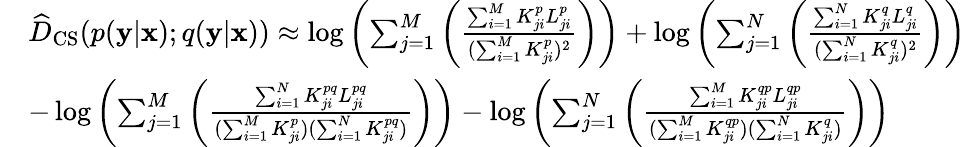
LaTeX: \begin{array}{rl}&{\widehat{D}_{\mathrm{CS}}(p(\mathbf{y}|\mathbf{x});q(\mathbf{y}|\mathbf{x}))\approx\log\left(\sum_{j=1}^{M}\left(\frac{\sum_{i=1}^{M}K_{ji}^{p}L_{ji}^{p}}{(\sum_{i=1}^{M}K_{ji}^{p})^{2}}\right)\right)+\log\left(\sum_{j=1}^{N}\left(\frac{\sum_{i=1}^{N}K_{ji}^{q}L_{ji}^{q}}{(\sum_{i=1}^{N}K_{ji}^{q})^{2}}\right)\right)}\\ &{-\log\left(\sum_{j=1}^{M}\left(\frac{\sum_{i=1}^{N}K_{ji}^{pq}L_{ji}^{pq}}{(\sum_{i=1}^{M}K_{ji}^{p})(\sum_{i=1}^{N}K_{ji}^{pq})}\right)\right)-\log\left(\sum_{j=1}^{N}\left(\frac{\sum_{i=1}^{M}K_{ji}^{qp}L_{ji}^{qp}}{(\sum_{i=1}^{M}K_{ji}^{qp})(\sum_{i=1}^{N}K_{ji}^{q})}\right)\right)}\end{array}